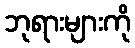
ဘုရားများကို